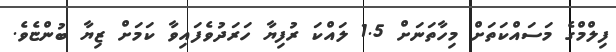
ފިލްމްގެ މަސައްކަތަށް މިހާތަނަށް 1.5 ލައްކަ ރުފިޔާ ހަރަދުވެފައިވާ ކަމަށް ޒިޔާ ބުންޏެވެ.